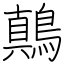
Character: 鷏